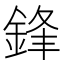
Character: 鋒